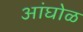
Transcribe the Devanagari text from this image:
अांघोळ